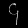
Digit: ၄